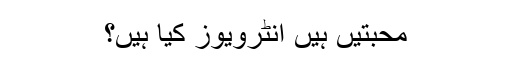
محبتیں ہیں انٹرویوز کیا ہیں؟